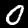
Label: 0